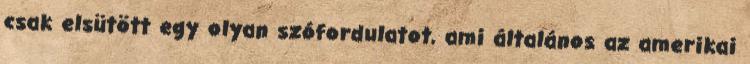
csak elsütött egy olyan szófordulatot, ami általános az amerikai